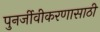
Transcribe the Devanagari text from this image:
पुनर्जीवीकरणासाठी